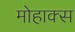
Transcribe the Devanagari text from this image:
मोहाक्स